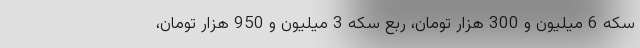
سکه 6 میلیون و 300 هزار تومان، ربع سکه 3 میلیون و 950 هزار تومان،